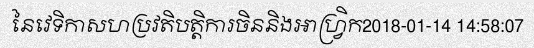
នៃវេទិកាសហប្រវតិបត្តិការចិននិងអាហ្វ្រិក2018-01-14 14:58:07